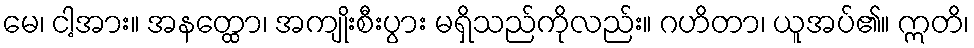
မေ၊ ငါ့အား။ အနတ္ထော၊ အကျိုးစီးပွား မရှိသည်ကိုလည်း။ ဂဟိတာ၊ ယူအပ်၏။ ဣတိ၊